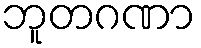
ဘူတဂဏာ